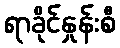
ရာခိုင်နှုန်းစီ